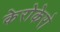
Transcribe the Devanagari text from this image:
केरोकेरो